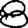
Digit: 8